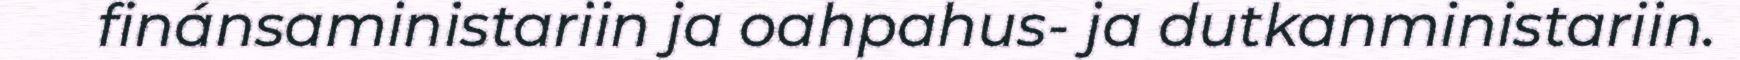
finánsaministariin ja oahpahus- ja dutkanministariin.